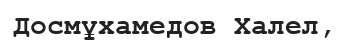
Досмұхамедов Халел,